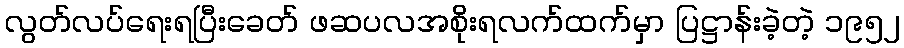
လွတ်လပ်ရေးရပြီးခေတ် ဖဆပလအစိုးရလက်ထက်မှာ ပြဋ္ဌာန်းခဲ့တဲ့ ၁၉၅၂